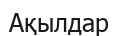
Ақылдар